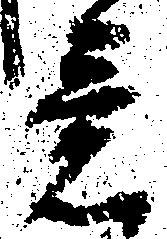
意